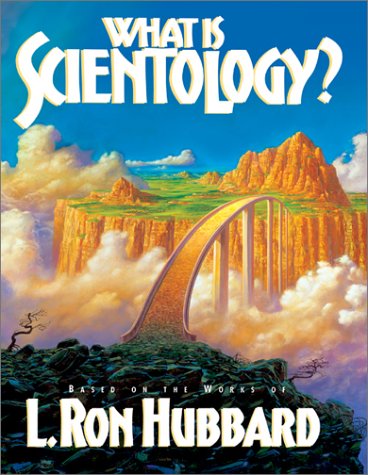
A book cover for What Is Scientology?: Based on the Works of L. Ron Hubbard; Religion & Spirituality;